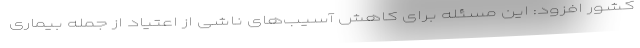
کشور افزود: این مسئله برای کاهش آسیب‌های ناشی از اعتیاد از جمله بیماری